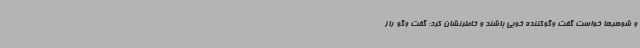
و شوهرها خواست گفت وگوکننده خوبی باشند و خاطرنشان کرد: گفت وگو راز